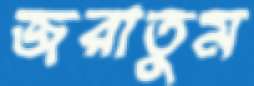
জরাতুম